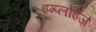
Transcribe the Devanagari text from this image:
इम्प्लोईज़